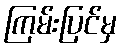
ကြမ်းပြင်မှ